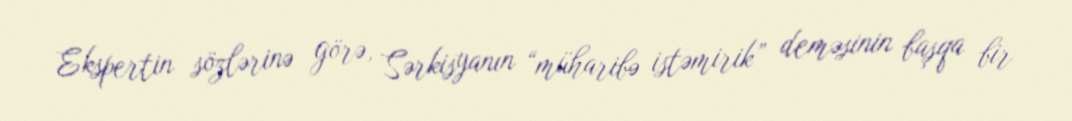
Ekspertin sözlərinə görə, Sərkisyanın “müharibə istəmirik” deməsinin başqa bir